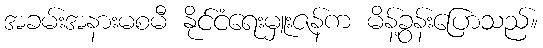
အခမ်းအနားမစမီ နိုင်ငံရေးမှူးဇန်က မိန့်ခွန်းပြောသည်။